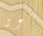
مون